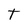
Character: T